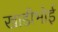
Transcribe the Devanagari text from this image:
खाडीभोई